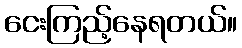
ငေးကြည့်နေရတယ်။